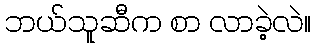
ဘယ်သူဆီက စာ လာခဲ့လဲ။